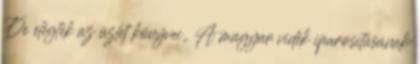
De elégtek az üzlet könyvei,. A magyar vidék iparositásának